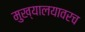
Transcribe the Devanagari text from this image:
मुख्यालयावरच